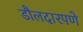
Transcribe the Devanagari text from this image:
डौलदारपणे